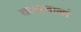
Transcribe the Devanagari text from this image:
चन्दनानां